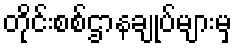
တိုင်းစစ်ဌာနချုပ်များမှ